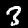
Label: 3